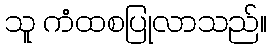
သူ ကံထစပြုလာသည်။